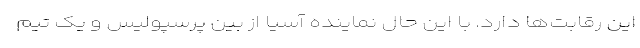
این رقابت‌ها دارد. با این حال نماینده آسیا از بین پرسپولیس و یک تیم